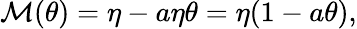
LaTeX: \begin{array}{r}{\mathcal{M}(\theta)=\eta-a\eta\theta=\eta(1-a\theta),}\end{array}